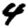
Digit: 4